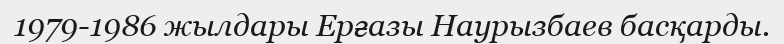
1979-1986 жылдары Ерғазы Наурызбаев басқарды.